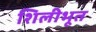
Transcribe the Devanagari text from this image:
शिलीभूत